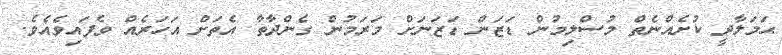
ޙަމަލާދީ ކުށެއްނެތް މުސްލިމުން ޑަޒަން ޑަޒަނަށް މަރަމުން ގެންދާތާ އެތަށް އަހަރެއް ވެފައިވެއެވެ.